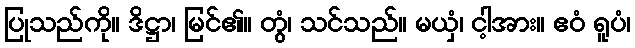
ပြုသည်ကို။ ဒိဋ္ဌာ၊ မြင်၏။ တွံ၊ သင်သည်။ မယှံ၊ ငါ့အား။ ဧဝံ ရူပံ၊